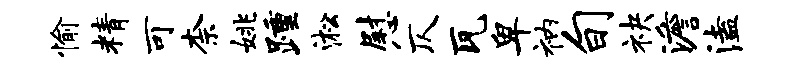
愉精可柰姚踵淞慰仄瓦卑衲旬袂澹溘